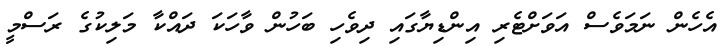
އެހެން ނަމަވެސް އަވަށްޓެރި އިންޑިޔާގައި ދިވެހި ބަހުން ވާހަކަ ދައްކާ މަލިކުގެ ރަސްމީ